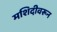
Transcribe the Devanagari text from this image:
मशिदीवरून